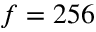
f = 2 5 6